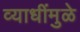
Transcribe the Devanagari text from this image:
व्याधींमुळे